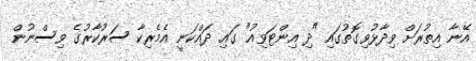
އޭނާ އިތުރަށް ވިދާޅުވިގޮތުގައި "ދި އިންޓަވިއު" ގައި ދައްކަނީ އެމެރިކާ ސަރުކާރުގެ ވިސްނުން